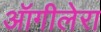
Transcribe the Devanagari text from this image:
ऑगीलेरा